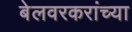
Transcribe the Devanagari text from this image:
बेलवरकरांच्या